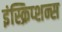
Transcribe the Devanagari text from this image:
इंस्क्रिप्शन्स